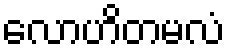
လောဟိတမလံ